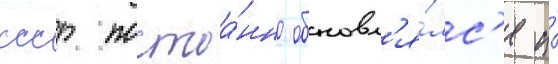
ссср постоа́нно обновл'я́лс'я и́